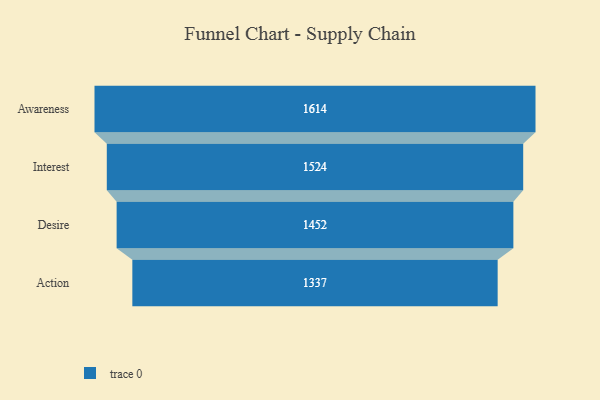
{"axis": {"x": "Stage", "y": "Value"}, "legend": [""], "data": [{"x": "Awareness", "y": 1614.0, "type": ""}, {"x": "Interest", "y": 1524.0, "type": ""}, {"x": "Desire", "y": 1452.0, "type": ""}, {"x": "Action", "y": 1337.0, "type": ""}]}